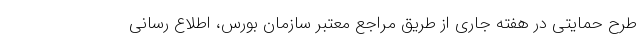
طرح حمایتی در هفته جاری از طریق مراجع معتبر سازمان بورس، اطلاع رسانی